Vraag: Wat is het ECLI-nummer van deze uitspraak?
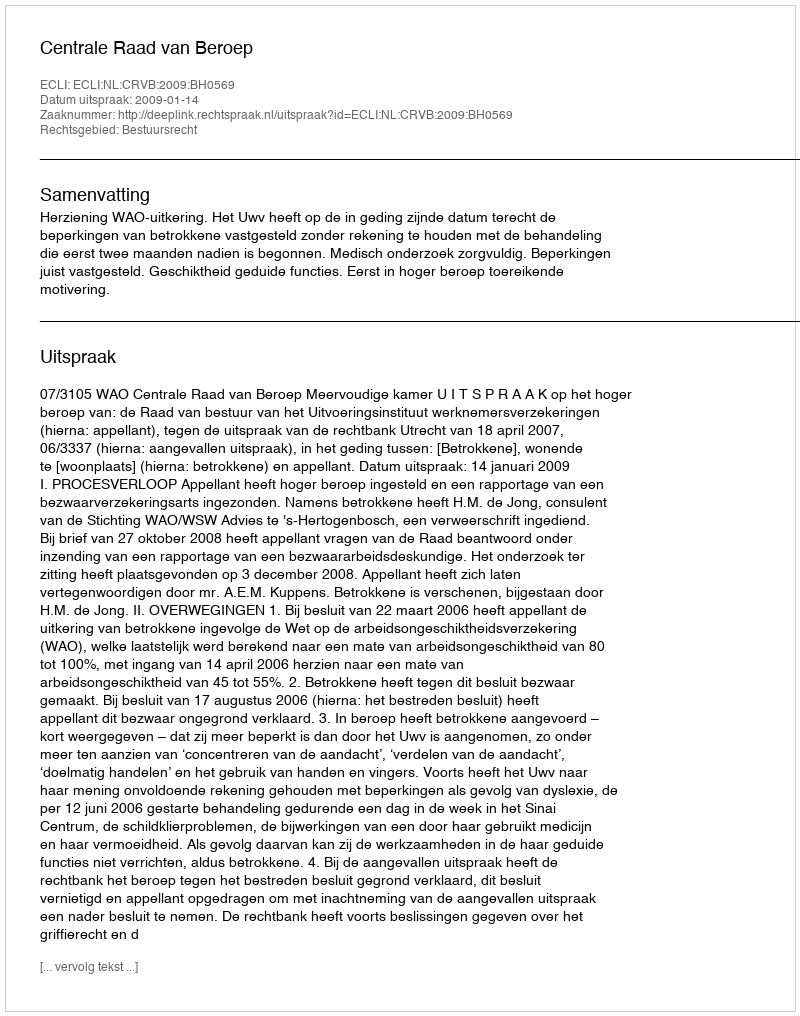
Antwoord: ECLI:NL:CRVB:2009:BH0569